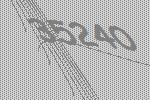
35240